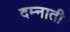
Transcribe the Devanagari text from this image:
दम्नाती